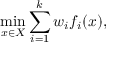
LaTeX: \operatorname* { m i n } _ { x \in X } \sum _ { i = 1 } ^ { k } w _ { i } f _ { i } ( x ) ,